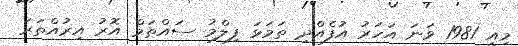
މިއީ 1981 ވަނަ އަހަރު އުފެއްދި ތަމަޅަ ފިލްމު ސައްތަމް އޮރު އިރުއްތަރަ